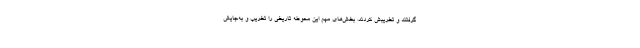
گرفتند و تخریبش کردند. بخش‌های مهم این محوطه تاریخی را تخریب و به‌جایش